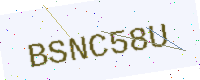
Text: BSNC58U